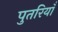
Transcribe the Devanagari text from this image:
पुतरियाँ